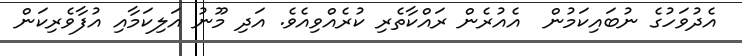
އެދުވަހުގެ ނުބައިކަމުން  އެއުރެން ރައްކާތެރި ކުރެއްވިއެވެ. އަދި މޫނު އަލިކަމާއި އުފާވެރިކަން